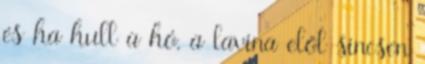
és ha hull a hó, a lavina elől sincsen